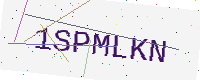
Text: 1SPMLKN